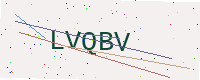
Text: LVQBV